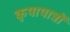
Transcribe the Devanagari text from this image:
कृपापात्रों